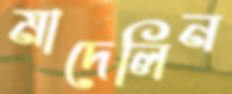
মাদেলিন